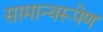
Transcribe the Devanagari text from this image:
सामान्यरूपेण